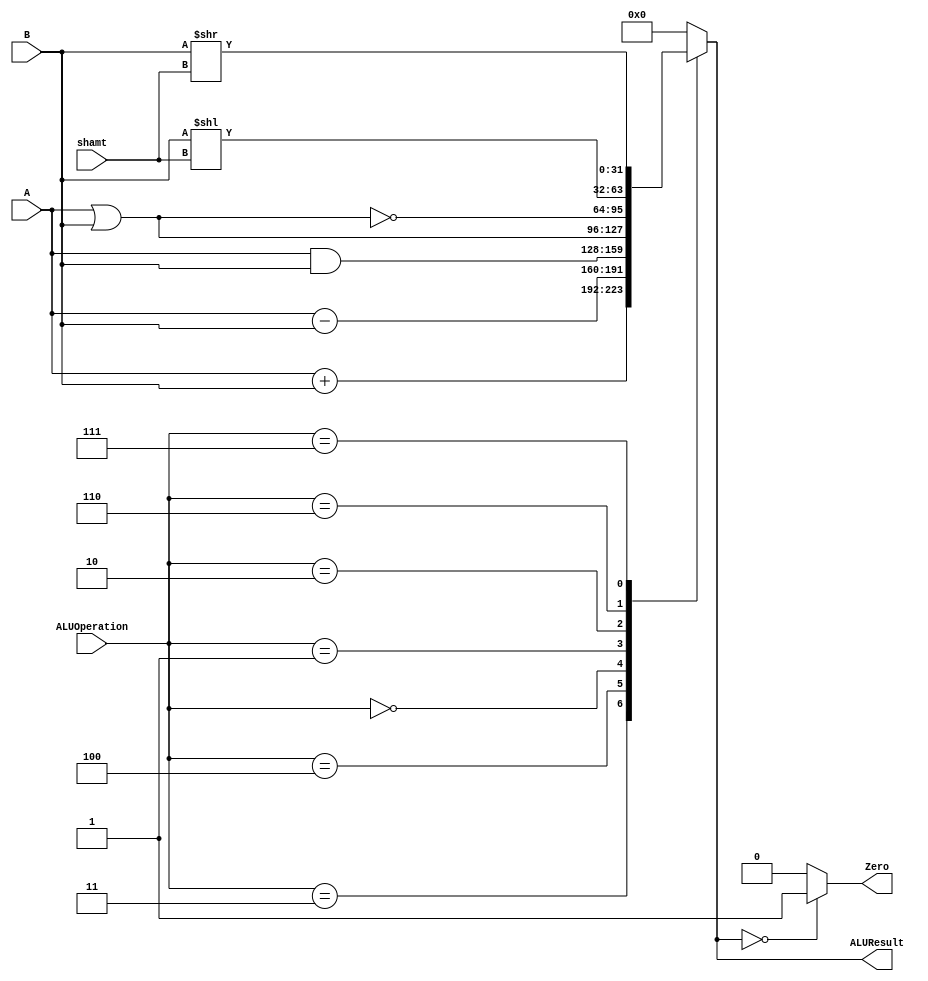
/******************************************************************
* Description
*	This is an 32-bit arithetic logic unit that can execute the next set of operations:
*		add
*		sub
*		or
*		and
*		nor
* This ALU is written by using behavioral description.
* Version:
*	1.0
* Author:
*	Dr. Jos Luis Pizano Escalante
* email:
*	luispizano@iteso.mx
* Date:
*	01/03/2014
******************************************************************/

module ALU 
(
	input [3:0] ALUOperation,
	input [31:0] A,
	input [31:0] B,
	input [4:0] shamt,
	output reg Zero,
	output reg [31:0]ALUResult
);
localparam AND = 4'b0000;
localparam OR  = 4'b0001;
localparam NOR = 4'b0010;
localparam ADD = 4'b0011;
localparam SUB = 4'b0100;
localparam SLL = 4'b0110;
localparam SRL = 4'b0111;
   
   always @ (A or B or ALUOperation)
     begin
		case (ALUOperation)
		  ADD: // add
			ALUResult=A + B;
		  SUB: // sub
			ALUResult=A - B;
		  AND: // and
			ALUResult= A & B;
		  OR: // or
			ALUResult= A | B;
		  NOR: // or
			ALUResult= ~(A|B);
		  SLL:
			ALUResult= B<< shamt;
		  SRL:
			ALUResult= B>> shamt;
			
		default:
			ALUResult= 0;
		endcase // case(control)
		Zero = (ALUResult==0) ? 1'b1 : 1'b0;
     end // always @ (A or B or control)
endmodule // ALU